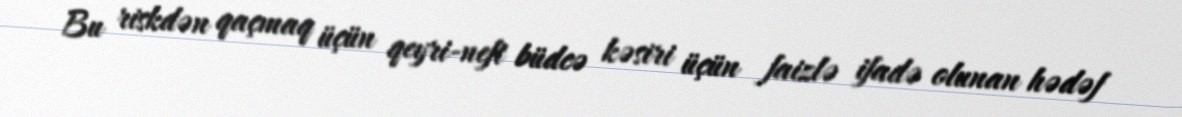
Bu riskdən qaçmaq üçün qeyri-neft büdcə kəsiri üçün faizlə ifadə olunan hədəf